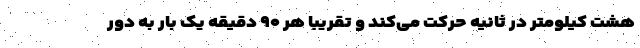
هشت کیلومتر در ثانیه حرکت می‌کند و تقریبا هر ۹۰ دقیقه یک بار به دور